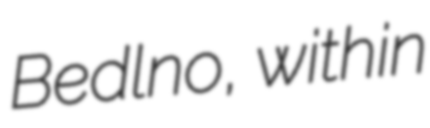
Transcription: Bedlno, within